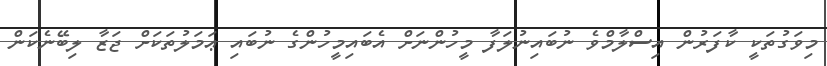
މިވަގުތަކީ ކާފަރުން އިސްލާމްވެ ނުބައިނުލަފާ މީހުންނަށް އެބައިމީހުންގެ ނުބައި ޢަމަލުތަކަށް ޖަޒާ ލިބޭނެކަން